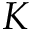
K